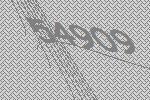
54909